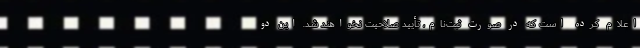
اعلام کرده است که در صورت ثبت‌نام، تأیید صلاحیت نخواهند شد. این دو